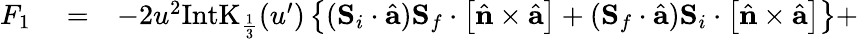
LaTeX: \begin{array}{rlr}{F_{1}}&{{}=}&{-2u^{2}\mathrm{IntK}_{\frac{1}{3}}(u^{\prime})\left\{ ({\mathbf S}_{i}\cdot\hat{\mathbf a}){\mathbf S}_{f}\cdot\left[\hat{\mathbf n}\times\hat{\mathbf a}\right]+({\mathbf S}_{f}\cdot\hat{\mathbf a}){\mathbf S}_{i}\cdot\left[\hat{\mathbf n}\times\hat{\mathbf a}\right]\right\} +}\end{array}